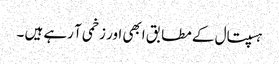
ہسپتال کے مطابق ابھی اور زخمی آ رہے ہیں ۔